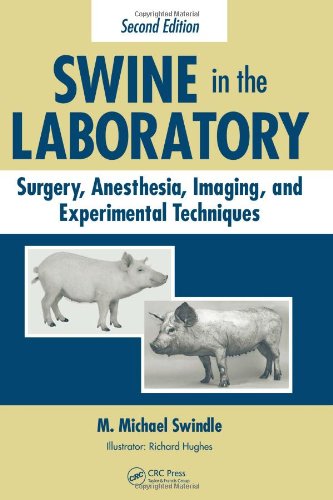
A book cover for Swine in the Laboratory: Surgery, Anesthesia, Imaging, and Experimental Techniques, Second Edition; Medical Books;